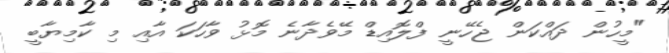
"މީހުން ދައްކަން ޖެހޭނީ ފްލޮއިޑް މޭވެދާނެ މޮޅު ވާހަކަ އާއި މި ކާމިޔާބީ